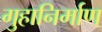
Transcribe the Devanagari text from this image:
गुहानिर्माण